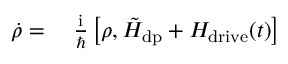
\begin{array} { r l } { \dot { \rho } = } & { { } \; \frac { \mathrm { i } } { \hbar } \left[ \rho , \tilde { H } _ { \mathrm { d p } } + H _ { \mathrm { d r i v e } } ( t ) \right] } \end{array}